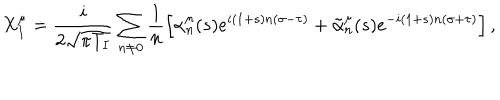
LaTeX: X _ { I } ^ { \mu } = \frac { i } { 2 \sqrt { \pi T _ { I } } } \sum _ { n \neq 0 } \frac { 1 } { n } \left[ \alpha _ { n } ^ { \mu } ( s ) e ^ { i ( 1 + s ) n ( \sigma - \tau ) } + \tilde { \alpha } _ { n } ^ { \mu } ( s ) e ^ { - i ( 1 + s ) n ( \sigma + \tau ) } \right] ,